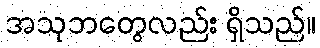
အသုဘတွေလည်း ရှိသည်။